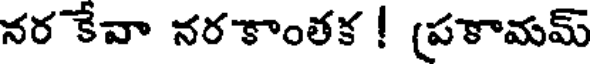
నర కేవా నరకాంతక ! (పకామమ్